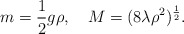
\begin{align*}m = \frac12 g \rho, \quad M = (8 \lambda \rho^2)^{\frac12}.\end{align*}